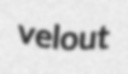
velout